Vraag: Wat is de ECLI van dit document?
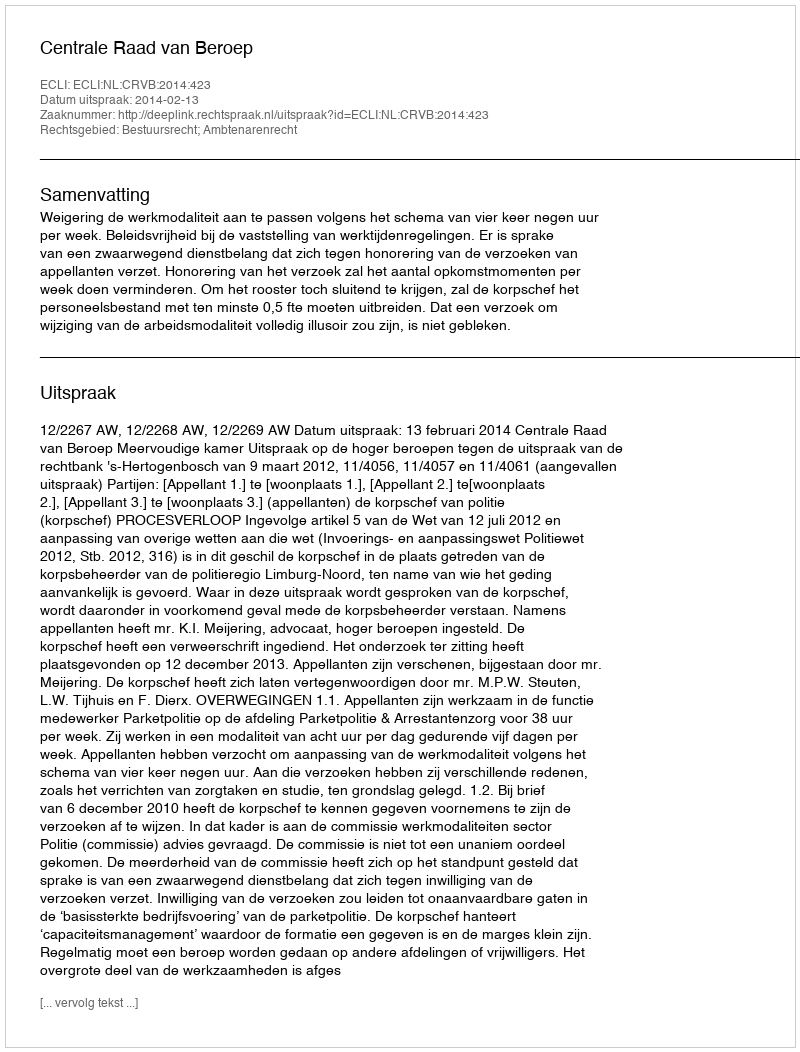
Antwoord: ECLI:NL:CRVB:2014:423